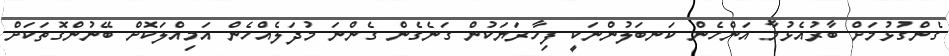
ގެންގުޅުމަށް ބާރުއެޅުމާ އަންހެން ކަނބަލުންނަކީ ފިހާރަޔަކުން ގަނެގެން ގެންނަ މުދަލެއްހެން އަމިއްލަކޮށް ބޭނުންގޮތަކަށް